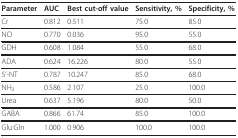
<table><thead><tr><td><b>Parameter</b></td><td><b>AUC</b></td><td><b>Best cut-off value</b></td><td><b>Sensitivity, %</b></td><td><b>Specificity, %</b></td></tr></thead><tbody><tr><td>Cr</td><td>0.812</td><td>0.511</td><td>75.0</td><td>85.0</td></tr><tr><td>NO</td><td>0.770</td><td>0.036</td><td>95.0</td><td>55.0</td></tr><tr><td>GDH</td><td>0.608</td><td>1.084</td><td>55.0</td><td>68.0</td></tr><tr><td>ADA</td><td>0.624</td><td>16.226</td><td>80.0</td><td>55.0</td></tr><tr><td>5'-NT</td><td>0.787</td><td>10.247</td><td>85.0</td><td>68.0</td></tr><tr><td>NH<sub>3</sub></td><td>0.586</td><td>2.107</td><td>25.0</td><td>100.0</td></tr><tr><td>Urea</td><td>0.637</td><td>5.196</td><td>80.0</td><td>50.0</td></tr><tr><td>GABA</td><td>0.866</td><td>61.74</td><td>85.0</td><td>100.0</td></tr><tr><td>Glu:Gln</td><td>1.000</td><td>0.906</td><td>100.0</td><td>100.0</td></tr></tbody></table>